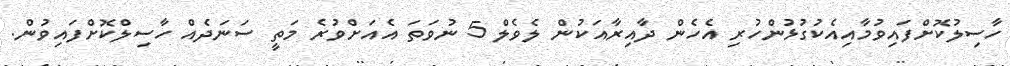
ހާސިލުކޮށްފައިވުމާއިއެކުގުޅުންހުރި އެހެން ދާއިރާއަކުން ލެވެލް 5 ނުވަތަ އެއަށްވުރެ މަތީ ސަނަދެއް ހާސިލްކޮށްފައިވުން.